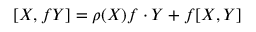
[ X , f Y ] = \rho ( X ) f \cdot Y + f [ X , Y ]